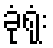
ခုံရုံး